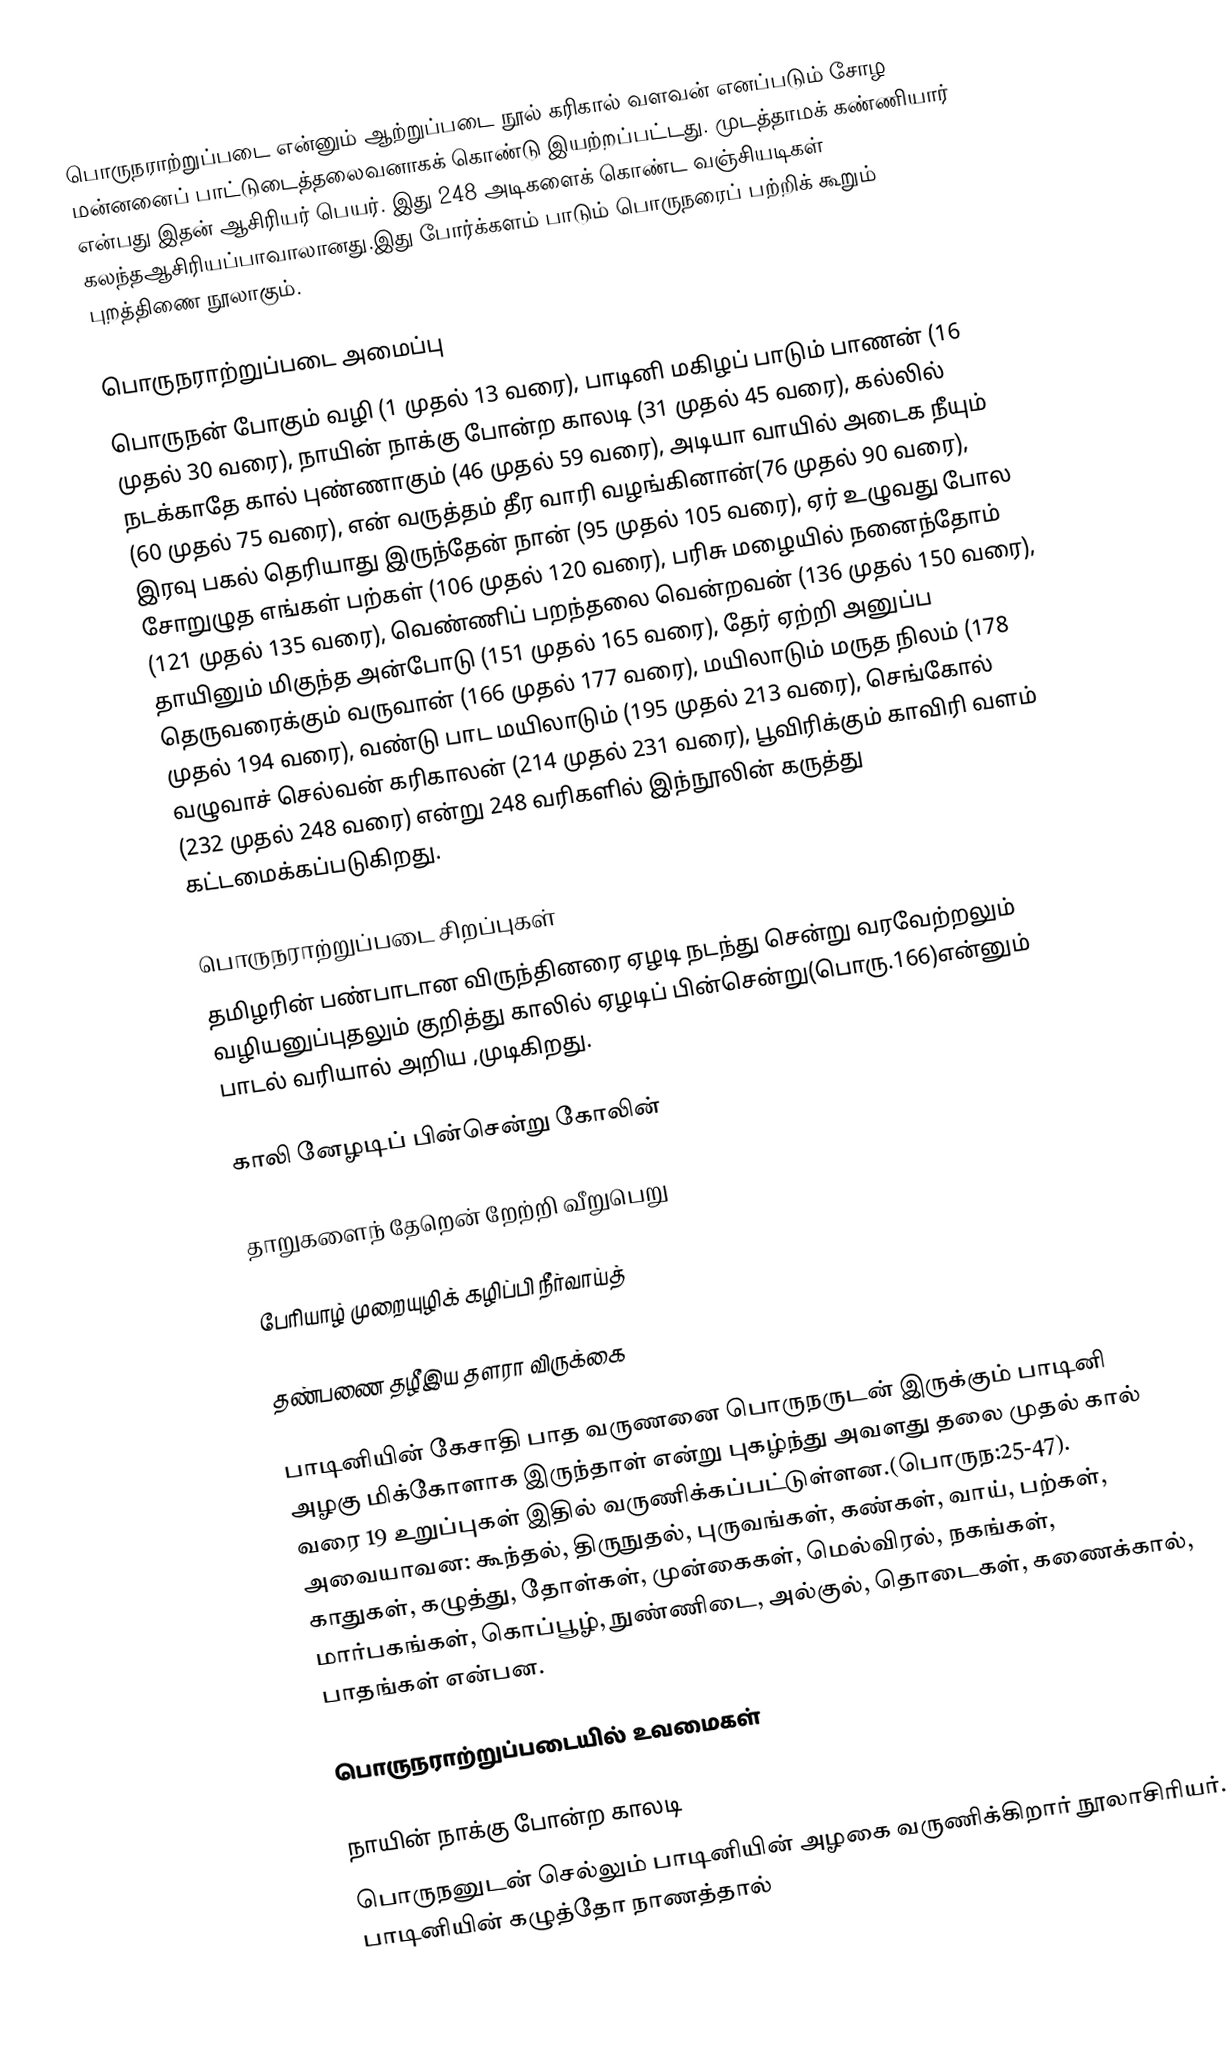
பொருநராற்றுப்படை என்னும் ஆற்றுப்படை நூல் கரிகால் வளவன் எனப்படும் சோழ மன்னனைப் பாட்டுடைத்தலைவனாகக் கொண்டு இயற்றப்பட்டது. முடத்தாமக் கண்ணியார் என்பது இதன் ஆசிரியர் பெயர். இது 248 அடிகளைக் கொண்ட வஞ்சியடிகள் கலந்தஆசிரியப்பாவாலானது.இது போர்க்களம் பாடும் பொருநரைப் பற்றிக் கூறும் புறத்திணை நூலாகும்.

பொருநராற்றுப்படை அமைப்பு
பொருநன் போகும் வழி (1 முதல் 13 வரை), பாடினி மகிழப் பாடும் பாணன் (16 முதல் 30 வரை), நாயின் நாக்கு போன்ற காலடி (31 முதல் 45 வரை), கல்லில் நடக்காதே கால் புண்ணாகும் (46 முதல் 59 வரை), அடியா வாயில் அடைக நீயும் (60 முதல் 75 வரை), என் வருத்தம் தீர வாரி வழங்கினான்(76 முதல் 90 வரை), இரவு பகல் தெரியாது இருந்தேன் நான் (95 முதல் 105 வரை), ஏர் உழுவது போல சோறுழுத எங்கள் பற்கள் (106 முதல் 120 வரை), பரிசு மழையில் நனைந்தோம் (121 முதல் 135 வரை), வெண்ணிப் பறந்தலை வென்றவன் (136 முதல் 150 வரை), தாயினும் மிகுந்த அன்போடு (151 முதல் 165 வரை), தேர் ஏற்றி அனுப்ப தெருவரைக்கும் வருவான் (166 முதல் 177 வரை), மயிலாடும் மருத நிலம் (178 முதல் 194 வரை), வண்டு பாட மயிலாடும் (195 முதல் 213 வரை), செங்கோல் வழுவாச் செல்வன் கரிகாலன் (214 முதல் 231 வரை), பூவிரிக்கும் காவிரி வளம் (232 முதல் 248 வரை) என்று 248 வரிகளில் இந்நூலின் கருத்து கட்டமைக்கப்படுகிறது.

பொருநராற்றுப்படை சிறப்புகள்
தமிழரின் பண்பாடான விருந்தினரை ஏழடி நடந்து சென்று வரவேற்றலும் வழியனுப்புதலும் குறித்து காலில் ஏழடிப் பின்சென்று(பொரு.166)என்னும் பாடல் வரியால் அறிய ,முடிகிறது.

காலி னேழடிப் பின்சென்று கோலின்

தாறுகளைந் தேறென் றேற்றி வீறுபெறு

பேரியாழ் முறையுழிக் கழிப்பி நீர்வாய்த்

தண்பணை தழீஇய தளரா விருக்கை

பாடினியின் கேசாதி பாத வருணனை பொருநருடன் இருக்கும் பாடினி அழகு மிக்கோளாக இருந்தாள் என்று புகழ்ந்து அவளது தலை முதல் கால் வரை 19 உறுப்புகள் இதில் வருணிக்கப்பட்டுள்ளன.(பொருந:25-47). அவையாவன: கூந்தல், திருநுதல், புருவங்கள், கண்கள், வாய், பற்கள், காதுகள், கழுத்து, தோள்கள், முன்கைகள், மெல்விரல், நகங்கள், மார்பகங்கள், கொப்பூழ், நுண்ணிடை, அல்குல், தொடைகள், கணைக்கால், பாதங்கள் என்பன.

பொருநராற்றுப்படையில் உவமைகள்

நாயின் நாக்கு போன்ற காலடி
பொருநனுடன் செல்லும் பாடினியின் அழகை வருணிக்கிறார் நூலாசிரியர். பாடினியின் கழுத்தோ நாணத்தால்